Civil Veterinary Department. Madras. Admin. report 1926-33 - 1926-1933
Year: 1926
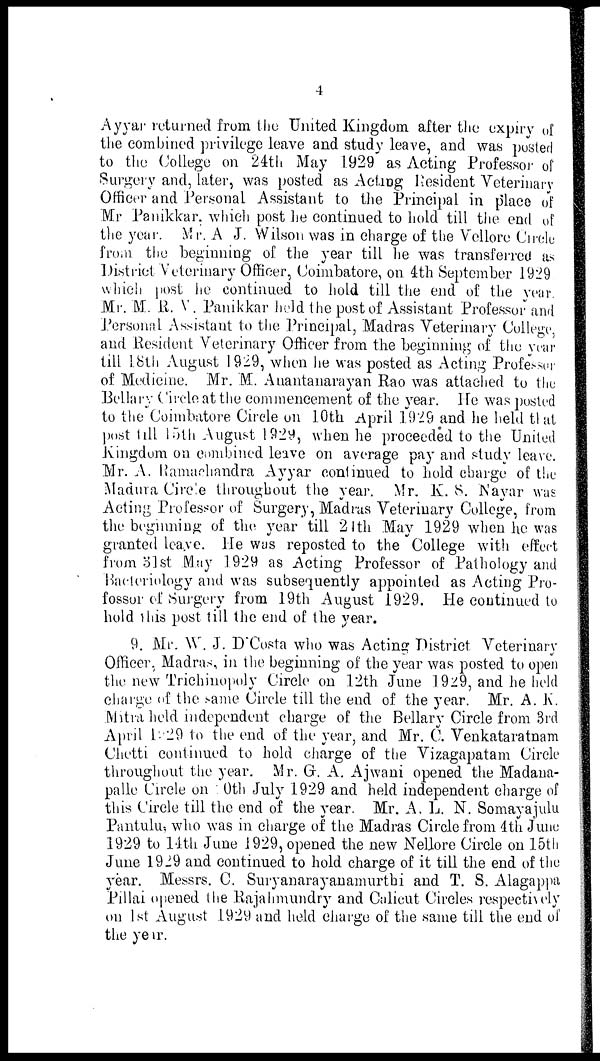
4
Ayyar returned from the United Kingdom after the expiry of
the combined privilege leave and study leave, and was posted
to the College on 24th May 1929 as Acting Professor of
Surgery and, later, was posted as Acting Resident Veterinary
Officer and Personal Assistant to the Principal in place of
Mr Panikkar. which post he continued to hold till the end of
the year. Mr. A J. Wilson was in charge of the Vellore Circle
from the beginning of the year till he was transferred as
District Veterinary Officer, Coimbatore, on 4th September 1929
which post he continued to hold till the end of the year.
Mr. M. R. V. Panikkar held the post of Assistant Professor and
Personal Assistant to the Principal, Madras Veterinary College,
and Resident Veterinary Officer from the beginning of the year
till 1.8th August 1929, when he was posted as Acting Professer
of Medicine. Mr. M. Anantanarayan Rao was attached to the
Bellary Circle at the commencement of the year. He was posted
to the Coimbatore Circle on 10th April 1929 and he held that
post till 15th August 1929, when he proceeded to the United
kingdom on combined leave on average pay and study leave.
Mr. A. Ramachandra Ayyar continued to hold charge of the
Madura Circle throughout the year. Mr. K. 8. Nayar was
Acting Professor of Surgery, Madras Veterinary College, from
the beginning of the year till 21th May 1929 when he was
granted leave. He was reposted to the College with effect
from 3lst May 1929 as Acting Professor of Pathology and
Bacteriology and was subsequently appointed as Acting Pro-
fossor of Surgery from 19th August 1929. He continued to
hold this post till the end of the year.
9. Mr. W. J. D Costa who was Acting District Veterinary
Officer, Madras, in the beginning of the year was posted to open
the new Trichinopoly Circle on 12th June 1929, and he held
charge of the same Circle till the end of the year. Mr. A. K.
Mitra held independent charge of the Bellary Circle from 3rd
April 1929 to the end of the year, and Mr. C. Venkataratnam
Chetti continued to hold charge of the Vizagapatam Circle
throughout the year. Mr. G. A. Ajwani opened the Madana-
palle Circle on 10th July 1929 and held independent charge of
this Circle till the end of the year. Mr. A. L. N. Somayajulu
Pantulu, who was in charge of the Madras Circle from 4th June
1929 to 14th June 1929, opened the new Nellore Circle on 15th
June 1929 and continued to hold charge of it till the end of the
year. Messrs. C. Suryanarayanamurthi and T. S. Alagappa
Pillai opened the Rajahmundry and Culicut Circles respectively
on 1st August 1929 and held charge of the same till the end of
the year.